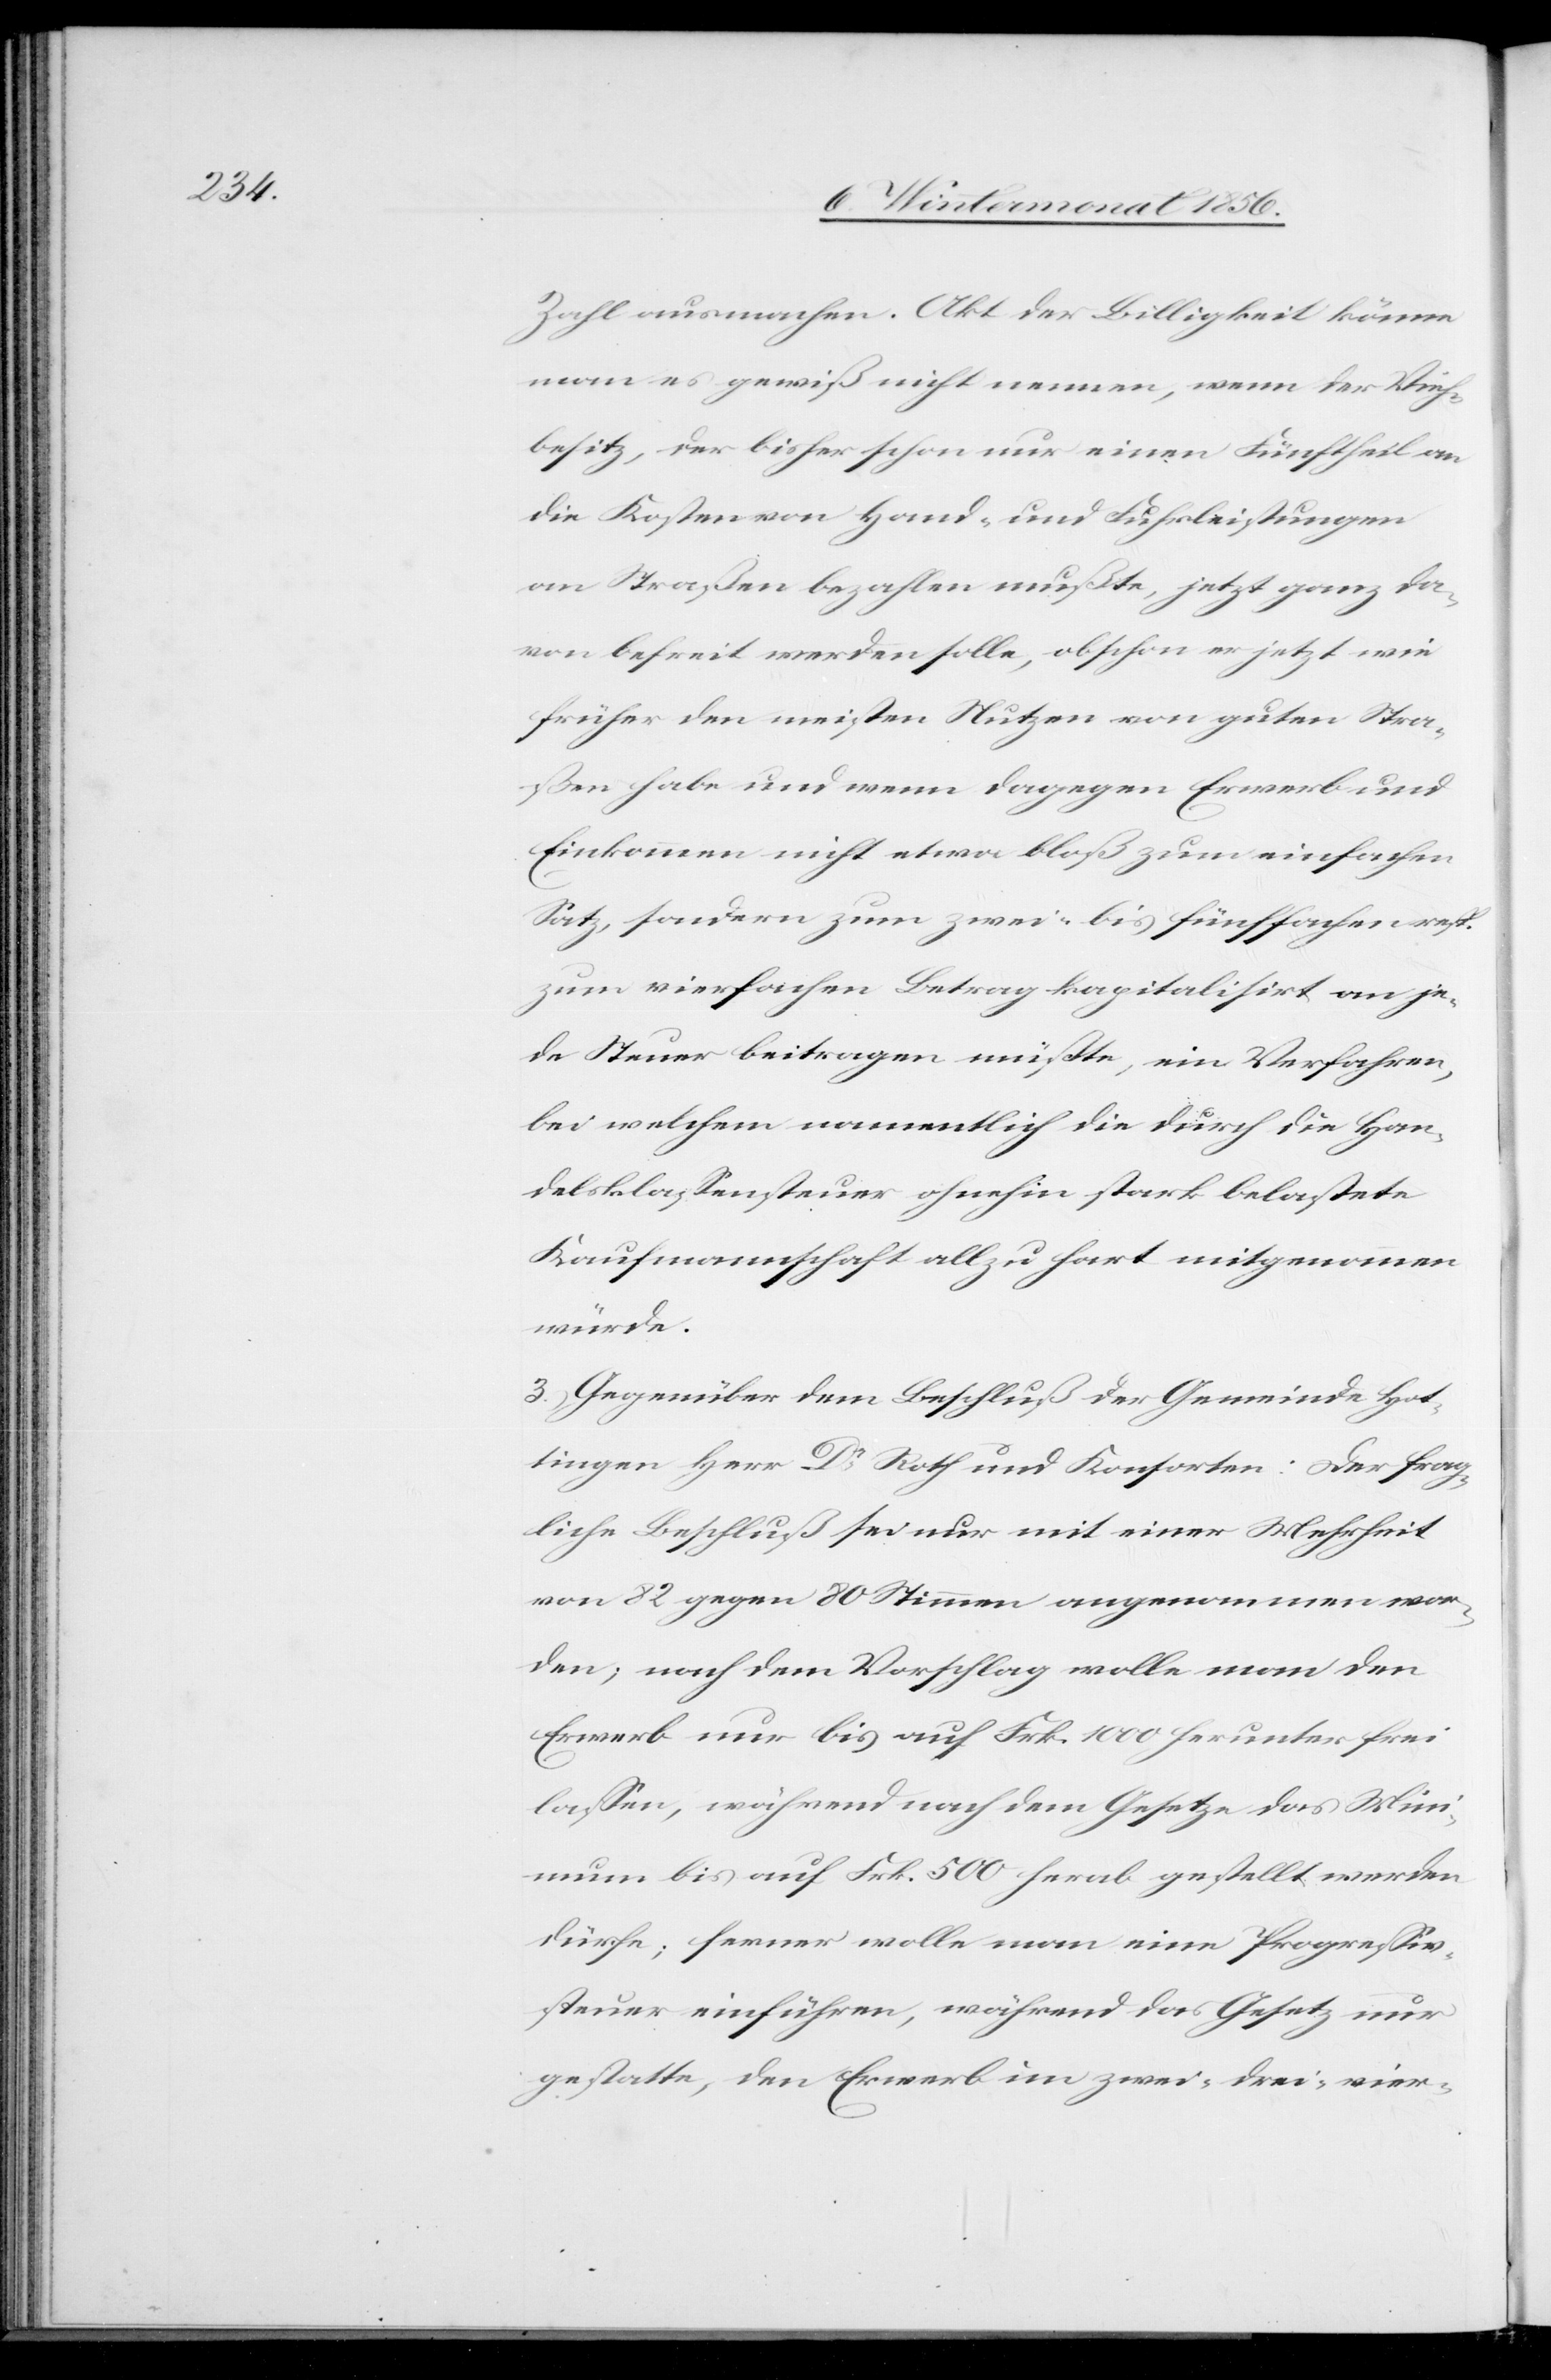
Zahl ausmachen. Akt der Billigkeit könne
man es gewiß nicht nennen, wenn der Vieh¬
besitz, der bisher schon nur einen Fünftheil an
die Kosten von Hand- und Fuhrleistungen
an Straßen bezahlen mußte, jetzt ganz da¬
von befreit werden solle, obschon er jetzt wie
früher den meisten Nutzen von guten Stra¬
ßen habe und wenn dagegen Erwerb und
Einkommen nicht etwa bloß zum einfachen
Satz, sondern zum zwei- bis fünffachen resp.
zum vierfachen Betrag kapitalisirt an je¬
de Steuer beitragen müßte, ein Verfahren,
bei welchem namentlich die durch die Han¬
delsklassensteuer ohnehin stark belastete
Kaufmannschaft allzu hart mitgenommen
würde.
3.) Gegenüber dem Beschluß der Gemeinde Hot¬
tingen Herr Dr Roth und Konsorten: Der frag¬
liche Beschluß sei nur mit einer Mehrheit
von 82 gegen 80 Stimmen angenommen wor¬
den; nach dem Vorschlag wolle man den
Erwerb nur bis auf Frk. 1000 herunter frei
lassen, während nach dem Gesetze das Mini¬
mum bis auf Frk. 500 herab gestellt werden
dürfe; ferner wolle man eine Progressiv¬
steuer einführen, während das Gesetz nur
gestatte, den Erwerb im zwei-[,] drei-[,] vier-